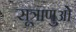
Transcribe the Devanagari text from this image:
सूत्राणुओं